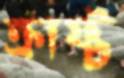
ক্রাফ্ট